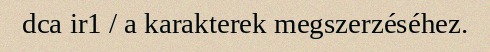
dca ir1 / a karakterek megszerzéséhez.